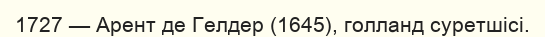
1727 — Арент де Гелдер (1645), голланд суретшісі.